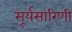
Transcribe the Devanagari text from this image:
सूर्यसारिणी